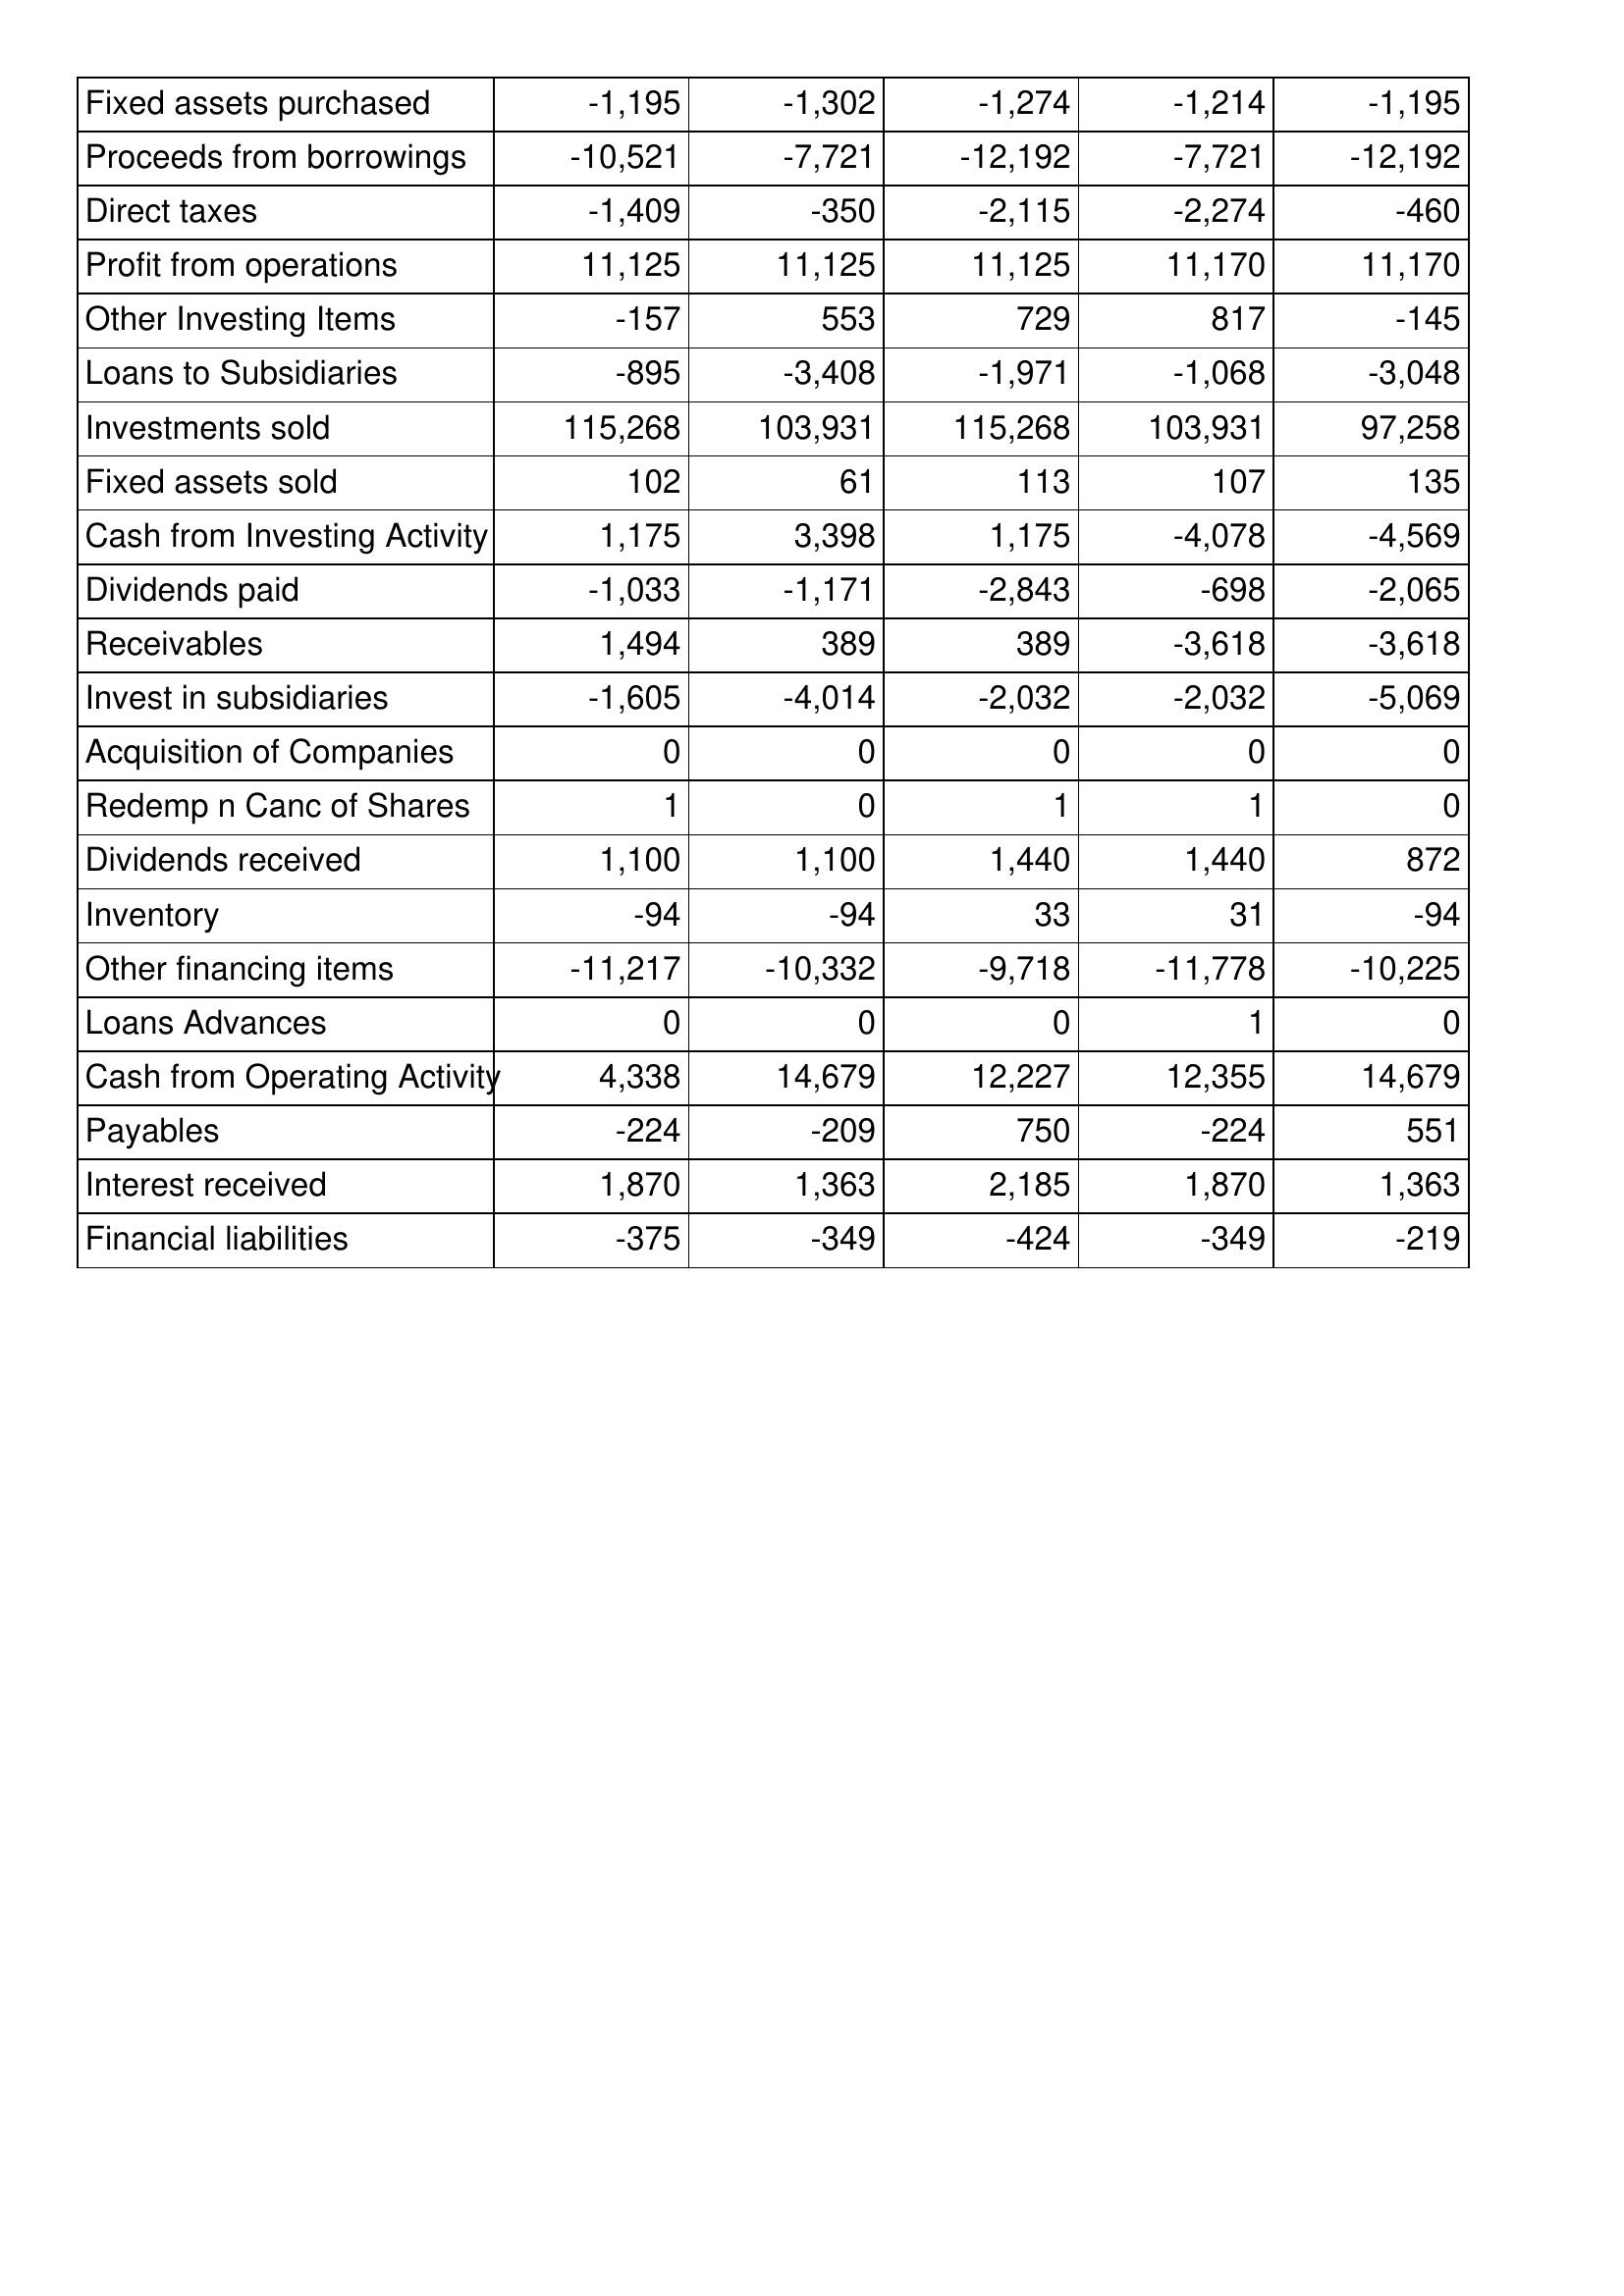
May-18: Cash Flows: Fixed assets purchased: -1,195
Proceeds from borrowings: -10,521
Direct taxes: -1,409
Profit from operations: 11,125
Other Investing Items: -157
Loans to Subsidiaries: -895
Investments sold: 115,268
Fixed assets sold: 102
Cash from Investing Activity: 1,175
Dividends paid: -1,033
Receivables: 1,494
Invest in subsidiaries: -1,605
Acquisition of Companies: 0
Redemp n Canc of Shares: 1
Dividends received: 1,100
Inventory: -94
Other financing items: -11,217
Loans Advances: 0
Cash from Operating Activity: 4,338
Payables: -224
Interest received: 1,870
Financial liabilities: -375
May-17: Cash Flows: Fixed assets purchased: -1,302
Proceeds from borrowings: -7,721
Direct taxes: -350
Profit from operations: 11,125
Other Investing Items: 553
Loans to Subsidiaries: -3,408
Investments sold: 103,931
Fixed assets sold: 61
Cash from Investing Activity: 3,398
Dividends paid: -1,171
Receivables: 389
Invest in subsidiaries: -4,014
Acquisition of Companies: 0
Redemp n Canc of Shares: 0
Dividends received: 1,100
Inventory: -94
Other financing items: -10,332
Loans Advances: 0
Cash from Operating Activity: 14,679
Payables: -209
Interest received: 1,363
Financial liabilities: -349
May-16: Cash Flows: Fixed assets purchased: -1,274
Proceeds from borrowings: -12,192
Direct taxes: -2,115
Profit from operations: 11,125
Other Investing Items: 729
Loans to Subsidiaries: -1,971
Investments sold: 115,268
Fixed assets sold: 113
Cash from Investing Activity: 1,175
Dividends paid: -2,843
Receivables: 389
Invest in subsidiaries: -2,032
Acquisition of Companies: 0
Redemp n Canc of Shares: 1
Dividends received: 1,440
Inventory: 33
Other financing items: -9,718
Loans Advances: 0
Cash from Operating Activity: 12,227
Payables: 750
Interest received: 2,185
Financial liabilities: -424
May-15: Cash Flows: Fixed assets purchased: -1,214
Proceeds from borrowings: -7,721
Direct taxes: -2,274
Profit from operations: 11,170
Other Investing Items: 817
Loans to Subsidiaries: -1,068
Investments sold: 103,931
Fixed assets sold: 107
Cash from Investing Activity: -4,078
Dividends paid: -698
Receivables: -3,618
Invest in subsidiaries: -2,032
Acquisition of Companies: 0
Redemp n Canc of Shares: 1
Dividends received: 1,440
Inventory: 31
Other financing items: -11,778
Loans Advances: 1
Cash from Operating Activity: 12,355
Payables: -224
Interest received: 1,870
Financial liabilities: -349
May-14: Cash Flows: Fixed assets purchased: -1,195
Proceeds from borrowings: -12,192
Direct taxes: -460
Profit from operations: 11,170
Other Investing Items: -145
Loans to Subsidiaries: -3,048
Investments sold: 97,258
Fixed assets sold: 135
Cash from Investing Activity: -4,569
Dividends paid: -2,065
Receivables: -3,618
Invest in subsidiaries: -5,069
Acquisition of Companies: 0
Redemp n Canc of Shares: 0
Dividends received: 872
Inventory: -94
Other financing items: -10,225
Loans Advances: 0
Cash from Operating Activity: 14,679
Payables: 551
Interest received: 1,363
Financial liabilities: -219